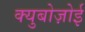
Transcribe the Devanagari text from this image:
क्युबोज़ोई